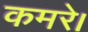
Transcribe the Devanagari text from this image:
कमरे।